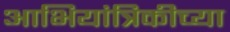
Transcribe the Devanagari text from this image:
आभियांत्रिकीच्या